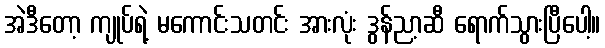
အဲဒီတော့ ကျုပ်ရဲ့ မကောင်းသတင်း အားလုံး ဒွန်ညာ့ဆီ ရောက်သွားပြီပေါ့။